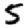
Digit: 5